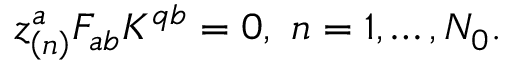
\mathfrak { z } _ { \left( n \right) } ^ { a } F _ { a b } K ^ { q b } = 0 , \ n = 1 , \ldots , N _ { 0 } .